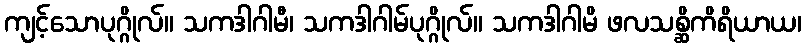
ကျင့်သောပုဂ္ဂိုလ်။ သကဒါဂါမီ၊ သကဒါဂါမ်ပုဂ္ဂိုလ်။ သကဒါဂါမိ ဖလသစ္ဆိကိရိယာယ၊